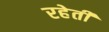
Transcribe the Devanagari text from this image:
रहेती